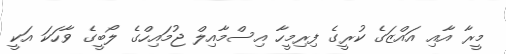
މީރާ އާއި އައްޒަގެ ކުރީގެ ފިރިމީހާ އިސްމާއިލް ޖުމައިހްގެ ލޯބީގެ ވާހަކަ އަކީ